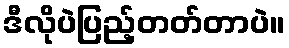
ဒီလိုပဲပြည့်တတ်တာပဲ။